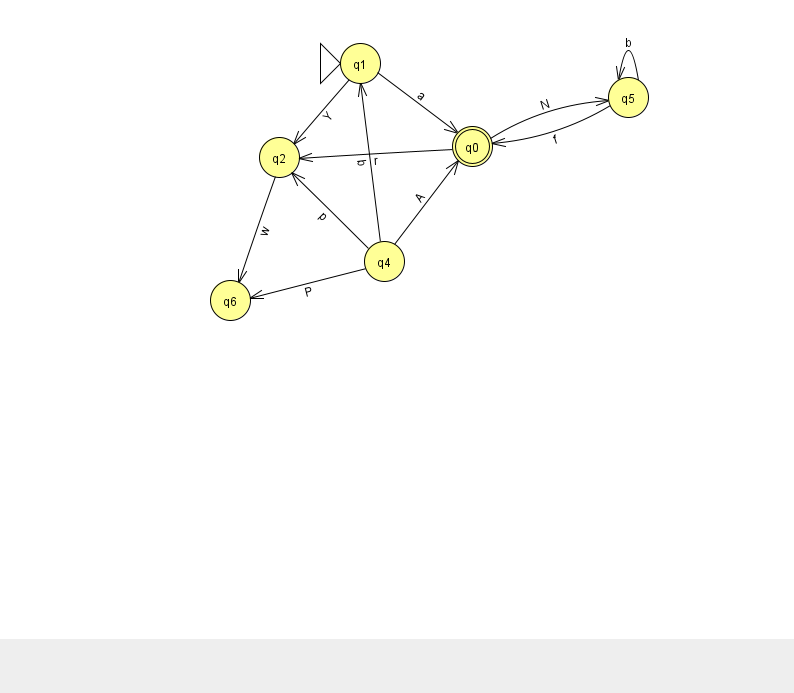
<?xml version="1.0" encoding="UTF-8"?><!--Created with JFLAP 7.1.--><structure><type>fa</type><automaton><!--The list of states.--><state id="0" name="q0"><x>472.0</x><y>133.0</y><final/></state><state id="1" name="q1"><x>360.0</x><y>50.0</y><initial/></state><state id="2" name="q2"><x>279.0</x><y>144.0</y></state><state id="4" name="q4"><x>384.0</x><y>248.0</y></state><state id="5" name="q5"><x>628.0</x><y>84.0</y></state><state id="6" name="q6"><x>230.0</x><y>287.0</y></state><!--The list of transitions.--><transition><from>2</from><to>6</to><read>w</read></transition><transition><from>4</from><to>6</to><read>P</read></transition><transition><from>1</from><to>0</to><read>a</read></transition><transition><from>5</from><to>5</to><read>b</read></transition><transition><from>5</from><to>0</to><read>f</read></transition><transition><from>1</from><to>2</to><read>Y</read></transition><transition><from>4</from><to>2</to><read>p</read></transition><transition><from>4</from><to>0</to><read>A</read></transition><transition><from>4</from><to>1</to><read>b</read></transition><transition><from>0</from><to>5</to><read>N</read></transition><transition><from>0</from><to>2</to><read>r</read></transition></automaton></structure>